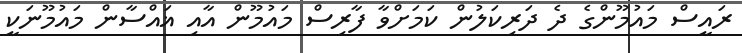
ރައީސް މައުމޫންގެ ދެ ދަރިކަލުން ކަމަށްވާ ފާރިސް މައުމޫން އާއި ޣައްސާން މައުމޫނަކީ